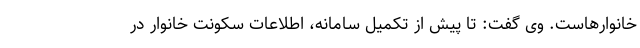
خانوارهاست. وی گفت: تا پیش از تکمیل سامانه، اطلاعات سکونت خانوار در